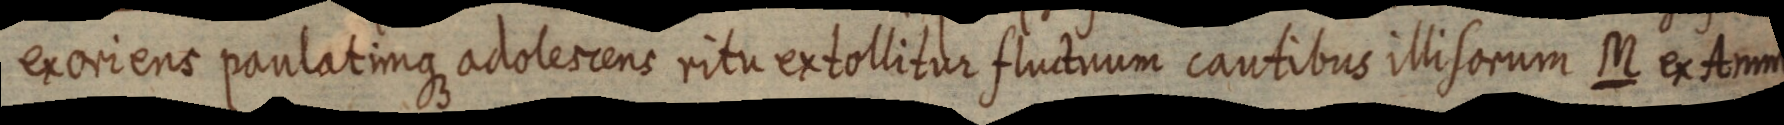
exoriens paulatimque adolescens ritu extollitur fluctuum cautibus illi sorum M ex Ammiono